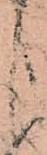
よ